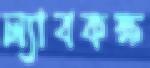
ল্যাবকক্ষ